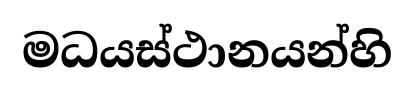
මධයස්ථානයන්හි